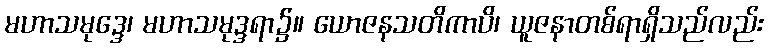
မဟာသမုဒ္ဒေ၊ မဟာသမုဒ္ဒရာ၌။ ယောဇနသတိကာပိ၊ ယူဇနာတစ်ရာရှိသည်လည်း